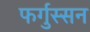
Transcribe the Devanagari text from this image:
फर्गुस्सन